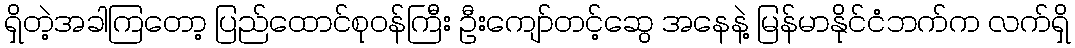
ရှိတဲ့အခါကြတော့ ပြည်ထောင်စုဝန်ကြီး ဦးကျော်တင့်ဆွေ အနေနဲ့ မြန်မာနိုင်ငံဘက်က လက်ရှိ